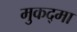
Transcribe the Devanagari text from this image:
मुकद्मा